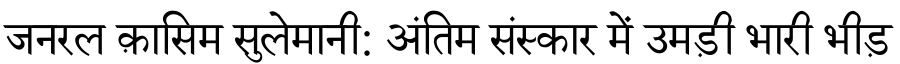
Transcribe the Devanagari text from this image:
जनरल क़ासिम सुलेमानी: अंतिम संस्कार में उमड़ी भारी भीड़